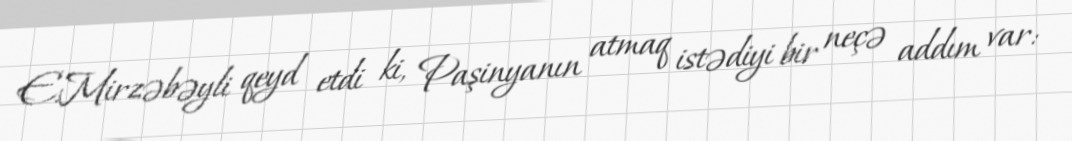
E.Mirzəbəyli qeyd etdi ki, Paşinyanın atmaq istədiyi bir neçə addım var: